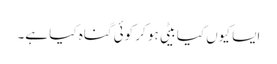
ایسا کیوں کیا بیٹی ہو کر کوئی گناہ کیا ہے۔